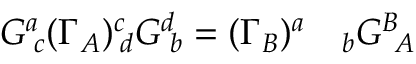
G ^ { a } \! _ { c } ( \Gamma _ { A } ) ^ { c } \! _ { d } G ^ { d } \! _ { b } = ( \Gamma _ { B } ) ^ { a } \quad _ { b } G ^ { B } \! _ { A }